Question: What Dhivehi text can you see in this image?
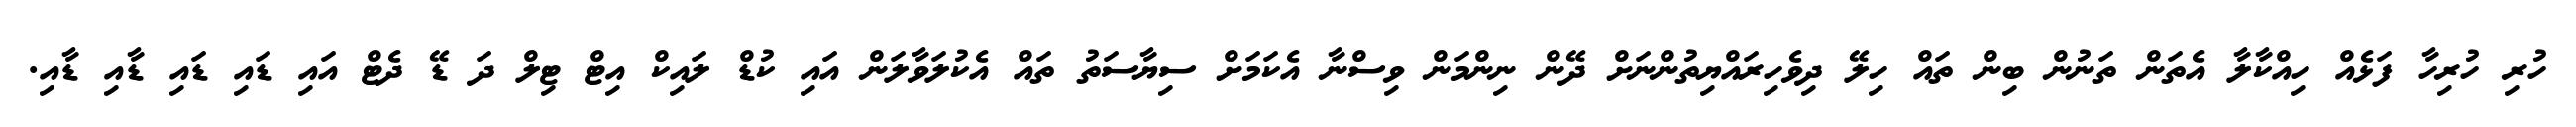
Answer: ހުރި ހުރިހާ ފަޅެއް ހިއްކާލާ އެތަން ތަނުން ބިން ތައް ހިލޭ ދިވެހިރައްޔިތުންނަށް ދޭން ނިންމަން ވިސްނާ އެކަމަށް ސިޔާސަތު ތައް އެކުލަވާލަން އައި ކުޑް ލައިކް އިޓް ޓިލް ދަ ޑޭ ދެޓް އައި ޑައި ޑައި ޑާއި ޑާއި.